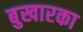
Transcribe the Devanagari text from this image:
बुखारका